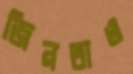
জিনতাও